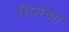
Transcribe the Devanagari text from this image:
शिसेच्या